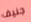
جنيف